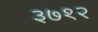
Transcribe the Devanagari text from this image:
३७१२